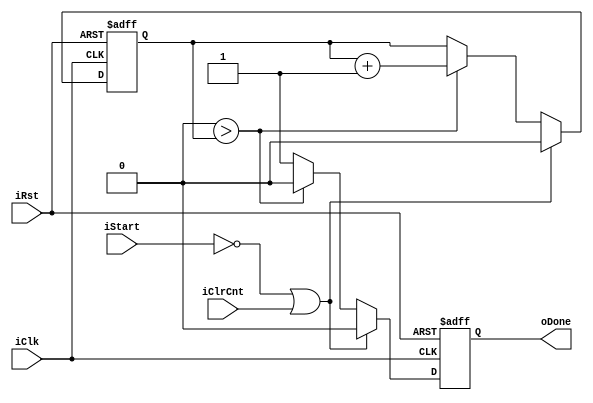
module delay #
(
	parameter COUNT = 1
)
(
	input wire iClk,
	input wire iRst,
	input wire iStart,
	input wire iClrCnt,
	output wire oDone
);

localparam TOTAL_BITS = clog2(COUNT);
reg rDone;
reg [(TOTAL_BITS - 1) : 0] rCount;

always @ (posedge iClk or negedge iRst)
begin
	if(~iRst) begin
		rDone <= 1'b0;
		rCount <= {TOTAL_BITS{1'b0}};
	end // end if
	else begin
		if(~iStart || iClrCnt) begin
			rDone <= 1'b0;
			rCount <= {TOTAL_BITS{1'b0}};
		end //end if
		else if(COUNT - 1 > rCount) begin
			rDone <= 1'b0;
			rCount <= rCount + 1'b1;
		end // end else if
		else begin
			rDone <= 1'b1;
			rCount <= rCount;
		end // end else
	end // end else
end // end always

assign oDone = rDone;


//-------------------------------------------------
// base 2 logarithm, run in precompile stage
function integer clog2;
	input integer value;
	begin
		value = (value > 1) ? value -1 : 1; // prevent the clog == 0
		for(clog2 = 0; value > 0 ; clog2 = clog2 + 1)
			value = value >> 1;
	end
endfunction

endmodule